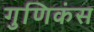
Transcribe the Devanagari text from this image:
गुणिकंस